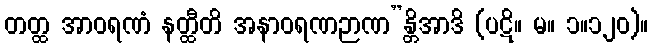
တတ္ထ အာဝရဏံ နတ္ထီတိ အနာဝရဏဉာဏ”န္တိအာဒိ (ပဋိ။ မ။ ၁။၁၂၀)။